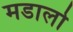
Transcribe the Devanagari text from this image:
मडालो